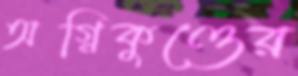
অগ্নিকুণ্ডের